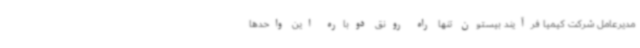
مدیرعامل شرکت کیمیا فرآیند بیستون تنها راه رونق دوباره این واحدها